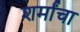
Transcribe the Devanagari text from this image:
शर्मांचा